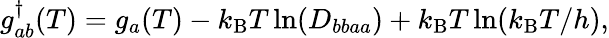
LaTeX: g_{ab}^{\dagger}(T)=g_{a}(T)-k_{\mathrm{B}}T\ln(D_{bbaa})+k_{\mathrm{B}}T\ln(k_{\mathrm{B}}T/h),